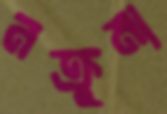
নক্রুমা